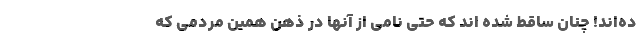
ده‌اند! چنان ساقط شده اند که حتی نامی از آنها در ذهن همین مردمی که